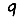
Digit: 9